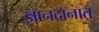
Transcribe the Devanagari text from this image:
ज्ञानदानात